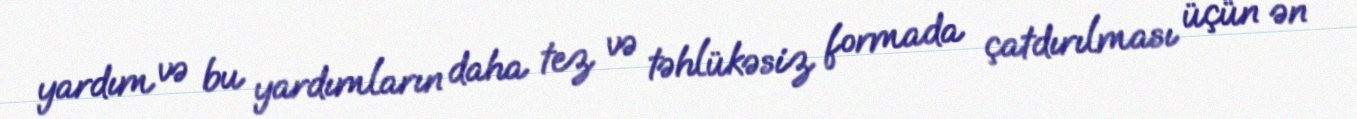
yardım və bu yardımların daha tez və təhlükəsiz formada çatdırılması üçün ən